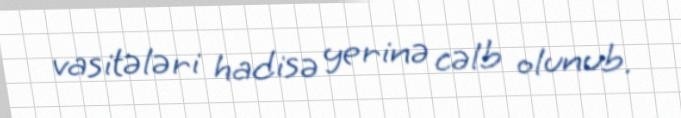
vasitələri hadisə yerinə cəlb olunub.